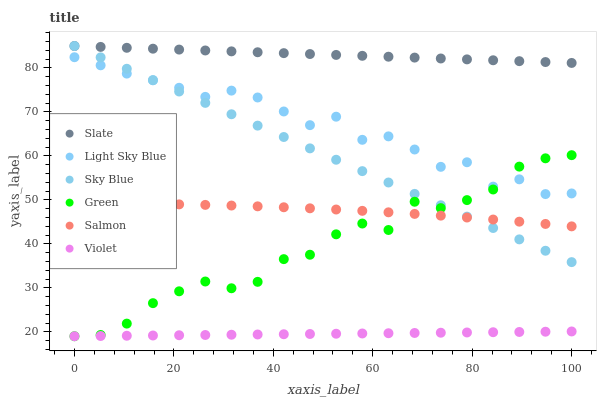
| xaxis_label | Slate | Light Sky Blue | Sky Blue | Green | Salmon | Violet |
 | --- | --- | --- | --- | --- | --- | --- |
 | 0 | 85 | 82.5 | 85 | 19 | 49.2 | 19 |
 | 5.26 | 84.8 | 80.6 | 82.4 | 19.3 | 49.2 | 19.1 |
 | 10.5 | 84.6 | 78.7 | 79.8 | 21.9 | 49.1 | 19.1 |
 | 15.8 | 84.4 | 77.2 | 77.2 | 26.5 | 49.1 | 19.2 |
 | 21.1 | 84.2 | 75.5 | 74.7 | 29.2 | 49 | 19.2 |
 | 26.3 | 84 | 73.4 | 72.1 | 31.5 | 48.9 | 19.3 |
 | 31.6 | 83.8 | 74.9 | 69.5 | 29.9 | 48.7 | 19.3 |
 | 36.8 | 83.6 | 73.3 | 66.9 | 31.4 | 48.5 | 19.4 |
 | 42.1 | 83.4 | 70.1 | 64.3 | 36.5 | 48.3 | 19.5 |
 | 47.4 | 83.2 | 67 | 61.7 | 37.5 | 48.1 | 19.5 |
 | 52.6 | 83 | 68.9 | 59.1 | 42.2 | 47.8 | 19.6 |
 | 57.9 | 82.8 | 63.7 | 56.5 | 44.6 | 47.5 | 19.6 |
 | 63.2 | 82.6 | 64.5 | 54 | 43.2 | 47.2 | 19.7 |
 | 68.4 | 82.4 | 61.5 | 51.4 | 49.6 | 46.8 | 19.7 |
 | 73.7 | 82.2 | 57.5 | 48.8 | 48.1 | 46.4 | 19.8 |
 | 78.9 | 82 | 58.6 | 46.2 | 50 | 46 | 19.9 |
 | 84.2 | 81.8 | 53 | 43.6 | 52.4 | 45.5 | 19.9 |
 | 89.5 | 81.6 | 54.7 | 41 | 57.6 | 45.1 | 20 |
 | 94.7 | 81.4 | 51.3 | 38.4 | 59.5 | 44.5 | 20 |
 | 100 | 81.2 | 51.5 | 35.9 | 60.2 | 44 | 20.1 |